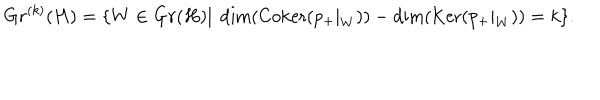
G r ^ { ( k ) } ( H ) = \{ W \in G r ( H ) | \ \dim ( \mathrm { C o k e r } ( p _ { + } | _ { W } ) ) - \dim ( \mathrm { K e r } ( p _ { + } | _ { W } ) ) = k \} .